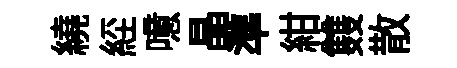
繞𦀇噫晶準紺䨇散